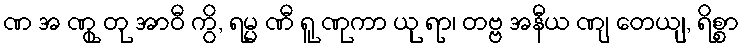
ဏ အ ဏွု တု အာဝီ ကွိ, ရမ္မ ဏီ ရူ ဏုကာ ယု ရာ၊ တဗ္ဗ အနီယ ဏျ တေယျ, ရိစ္စာ